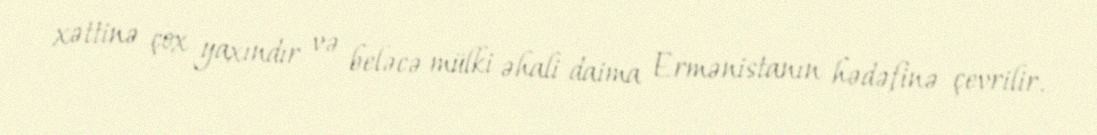
xəttinə çox yaxındır və beləcə mülki əhali daima Ermənistanın hədəfinə çevrilir.